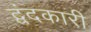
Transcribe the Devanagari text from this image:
द्वंदकारी